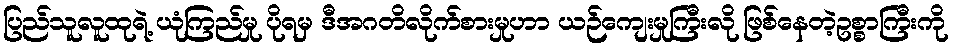
ပြည်သူလူထုရဲ့ ယုံကြည်မှု ပိုရမှ ဒီအဂတိလိုက်စားမှုဟာ ယဉ်ကျေးမှုကြီးလို ဖြစ်နေတဲ့ဥစ္စာကြီးကို